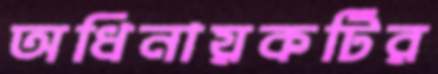
অধিনায়কটির